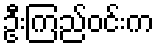
ဦးကြည်ဝင်းက